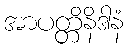
အာပတ္တိနိဒါနံ